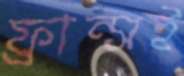
ফ্রান্সই